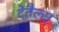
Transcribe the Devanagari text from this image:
देतैल्स्